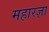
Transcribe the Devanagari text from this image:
महारज्ञा